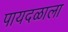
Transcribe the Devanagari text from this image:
पायदळाला